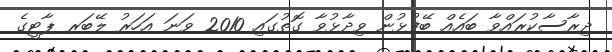
ދިރާސާކުރައްވާ ބައެއް ބޭފުޅުން ވިދާޅުވާ ގޮތުގައި 2010 ވަނަ އަހަރު ލޭބަރ ޕާޓީގެ